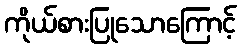
ကိုယ်စားပြုသောကြောင့်